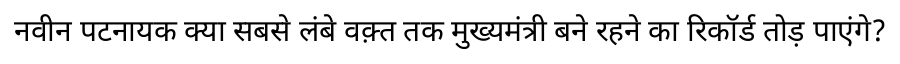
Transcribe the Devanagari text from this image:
नवीन पटनायक क्या सबसे लंबे वक़्त तक मुख्यमंत्री बने रहने का रिकॉर्ड तोड़ पाएंगे?